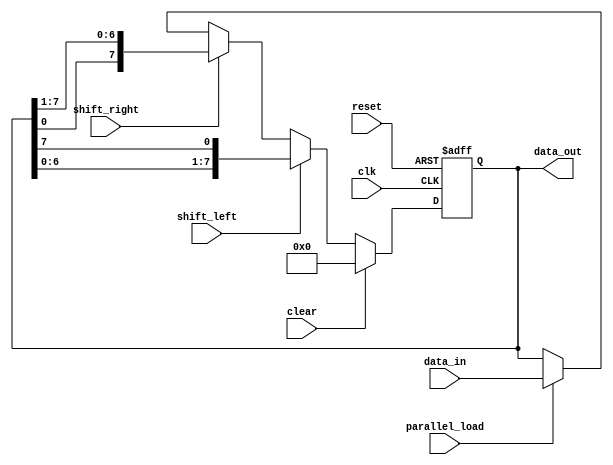
module Universal_Shift_Register (
    input clk,
    input reset,
    input clear,
    input shift_left,
    input shift_right,
    input parallel_load,
    input [7:0] data_in,
    output reg [7:0] data_out
);

reg [7:0] shift_reg;

always @(posedge clk or posedge reset) begin
    if (reset) begin
        shift_reg <= 8'b0;
    end else if (clear) begin
        shift_reg <= 8'b0;
    end else if (shift_left) begin
        shift_reg <= {shift_reg[6:0], shift_reg[7]};
    end else if (shift_right) begin
        shift_reg <= {shift_reg[0], shift_reg[7:1]};
    end else if (parallel_load) begin
        shift_reg <= data_in;
    end
end

assign data_out = shift_reg;

endmodule